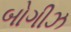
બોગીઝ